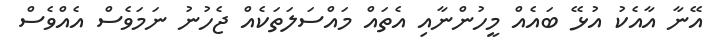
އޭނާ އާއެކު އުޅޭ ބައެއް މީހުންނާއި އެތައް މައްސަލަތަކެއް ޖެހުނު ނަމަވެސް އެއްވެސް